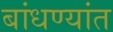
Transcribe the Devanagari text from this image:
बांधण्यांत